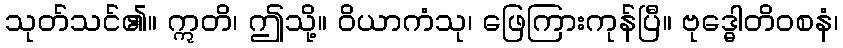
သုတ်သင်၏။ ဣတိ၊ ဤသို့။ ဝိယာကံသု၊ ဖြေကြားကုန်ပြီ။ ဗုဒ္ဓေါတိဝစနံ၊